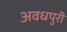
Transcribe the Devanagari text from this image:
अवधपुरी